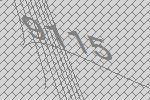
9115